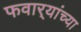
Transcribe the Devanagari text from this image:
फवार्‍यांच्या